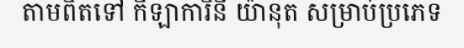
តាមពិតទៅ កីឡាការិនី យ៉ានុត សម្រាប់ប្រភេទ